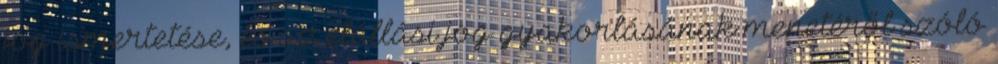
jog ismertetése, és az elállási jog gyakorlásának menetéről szóló